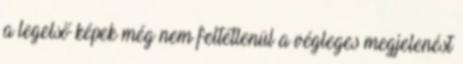
a legelső képek még nem feltétlenül a végleges megjelenést